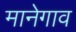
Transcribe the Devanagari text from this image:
मानेगाव